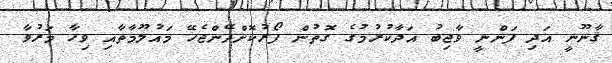
ޤާނޫނީ އަދި ފަންނީ ވާޖިބު އަދާކުރުމުގެ ގޮތުން ފޯރުކޮށްދޭންޖެހޭ މައުލޫމާތާއި ވިހާ މަރުވާ